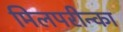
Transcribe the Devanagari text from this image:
मिलपरीन्का